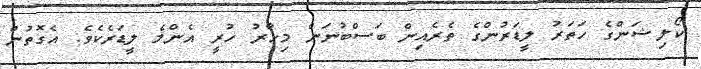
ކޯލިޝަންގެ ހަތަރު ލީޑަރުންގެ ތެރެއިން ބަސްބުނަން މިހާރު ހުރީ އެންމެ ލީޑަރެކެވެ. އެގޮތުން